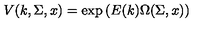
V ( k , \Sigma , x ) = \exp \left( E ( k ) \Omega ( \Sigma , x ) \right)